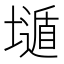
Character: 𱘇